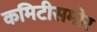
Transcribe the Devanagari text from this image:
कमिटीसमोर